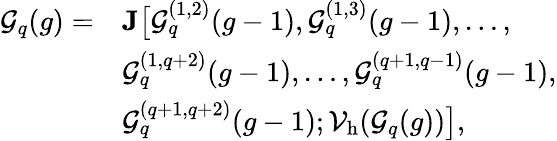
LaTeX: \begin{array}{rl}{\mathcal{G}_{q}(g)=}&{\textbf{J}\big[\mathcal{G}_{q}^{(1,2)}(g-1),\mathcal{G}_{q}^{(1,3)}(g-1),\ldots,}\\ &{\mathcal{G}_{q}^{(1,q+2)}(g-1),\ldots,\mathcal{G}_{q}^{(q+1,q-1)}(g-1),}\\ &{\mathcal{G}_{q}^{(q+1,q+2)}(g-1);\mathcal{V}_{\mathrm{h}}(\mathcal{G}_{q}(g))\big],}\end{array}